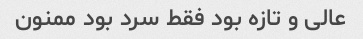
عالی و تازه بود فقط سرد بود ممنون